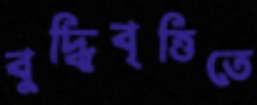
বুদ্ধিবৃত্তিতে